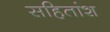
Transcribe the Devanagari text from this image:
सहितांश